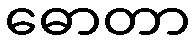
ဓောတာ